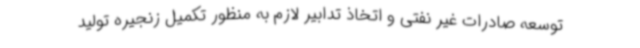
توسعه صادرات غیر نفتی و اتخاذ تدابیر لازم به منظور تکمیل زنجیره تولید